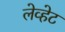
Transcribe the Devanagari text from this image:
लेव्हेट